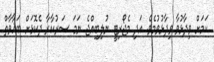
ކަމަށް ވިދާޅުވާ ވިދާޅުވުމެވެ. އަދި މެޖޯރިޓީ ނުލިބިއްޖެ ނަމަ ސަރުކާރާ ދެކޮޅަށް ބަޣާވާތް